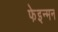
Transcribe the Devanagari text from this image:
फेइन्मन